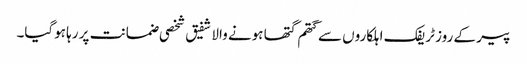
پیر کے روز ٹریفک اہلکاروں سے گتھم گتھا ہونے والا شفیق شخصی ضمانت پر رہا ہوگیا۔